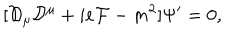
[ { \cal D } _ { \mu } { \cal D } ^ { \mu } + i e { \cal F } - m ^ { 2 } ] \Psi ^ { \prime } = 0 ,